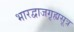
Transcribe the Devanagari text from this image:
भारद्वाजगृह्यसूत्र